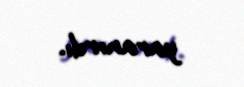
yaranırdı.